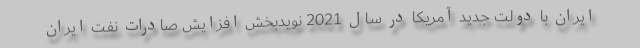
ایران با دولت جدید آمریکا در سال 2021 نویدبخش افزایش صادرات نفت ایران